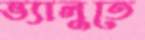
ভ্যালুতে